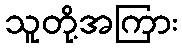
သူတို့အကြား